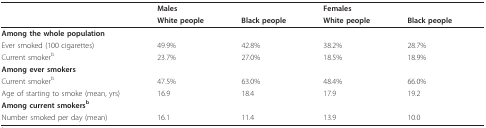
<table><thead><tr><td></td><td><b>Males</b></td><td></td><td><b>Females</b></td><td></td></tr><tr><td></td><td><b>White people</b></td><td><b>Black people</b></td><td><b>White people</b></td><td><b>Black people</b></td></tr></thead><tbody><tr><td><b>Among the whole population</b></td><td></td><td></td><td></td><td></td></tr><tr><td>Ever smoked (100 cigarettes)</td><td>49.9%</td><td>42.8%</td><td>38.2%</td><td>28.7%</td></tr><tr><td>Current smoker<sup>b</sup></td><td>23.7%</td><td>27.0%</td><td>18.5%</td><td>18.9%</td></tr><tr><td><b>Among ever smokers</b></td><td></td><td></td><td></td><td></td></tr><tr><td>Current smoker<sup>b</sup></td><td>47.5%</td><td>63.0%</td><td>48.4%</td><td>66.0%</td></tr><tr><td>Age of starting to smoke (mean, yrs)</td><td>16.9</td><td>18.4</td><td>17.9</td><td>19.2</td></tr><tr><td><b>Among current smokers<sup>b</sup></b></td><td></td><td></td><td></td><td></td></tr><tr><td>Number smoked per day (mean)</td><td>16.1</td><td>11.4</td><td>13.9</td><td>10.0</td></tr></tbody></table>